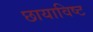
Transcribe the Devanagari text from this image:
छायाविष्ट